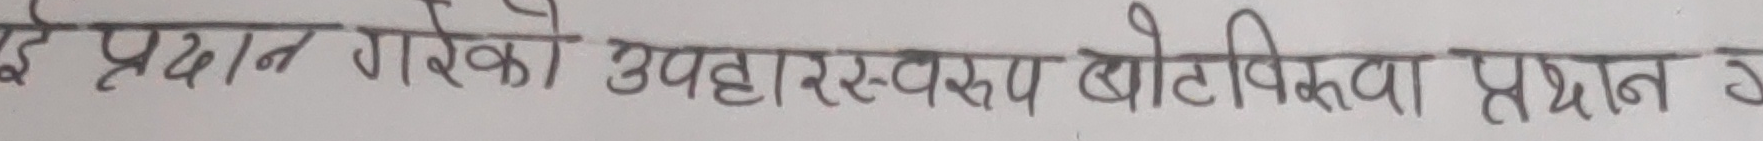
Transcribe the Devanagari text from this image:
ई प्रदान गरिएको उपहारस्वरूप बोटीक्वा प्रधान ग